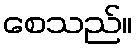
စေသည်။